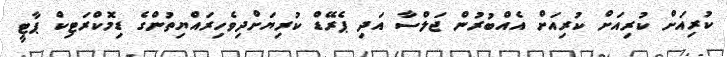
ކުރިއަށް ކުރިއަށް ކުރިއަށް އެއްބުރުން ޖަލްސާ އަދި ޕެރޭޑް ކުރިޔަށްދިވެހިރައްޔިތުންގެ ޑިމޮކްރަޓިކް ޕާޓީ